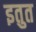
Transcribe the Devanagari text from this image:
इतुत